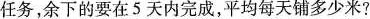
任务，余下的要在5天内完成，平均每天铺多少米？